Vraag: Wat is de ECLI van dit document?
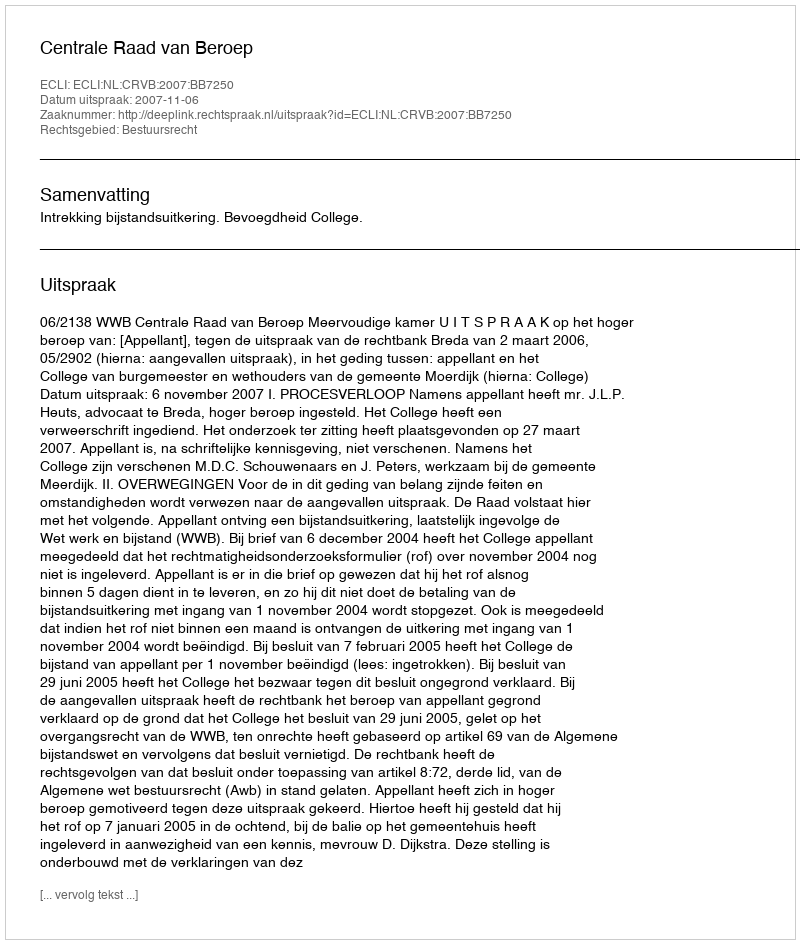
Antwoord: ECLI:NL:CRVB:2007:BB7250